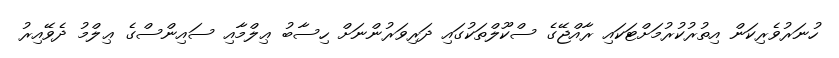
ހުނަރުވެރިކަން އިތުރުކުރުމަށްޓަކައި ރާއްޖޭގެ ސްކޫލްތަކުގައި ދަރިވަރުންނަށް ހިސާބު ޢިލްމާއި ސައިންސްގެ ޢިލްމު ދެވޭއިރު